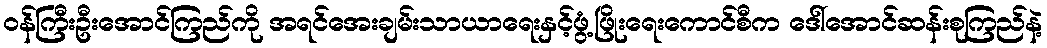
ဝန်ကြီးဦးအောင်ကြည်ကို အရင်အေးချမ်းသာယာရေးနှင့်ဖွံ့ဖြိုးရေးကောင်စီက ဒေါ်အောင်ဆန်းစုကြည်နဲ့